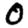
Digit: 0